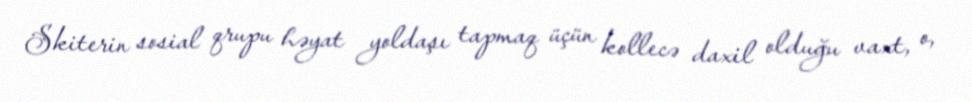
Skiterin sosial qrupu həyat yoldaşı tapmaq üçün kollecə daxil olduğu vaxt, o,